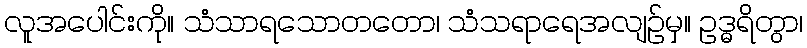
လူအပေါင်းကို။ သံသာရသောတတော၊ သံသရာရေအလျဉ်မှ။ ဥဒ္ဓရိတွာ၊